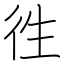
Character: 徃